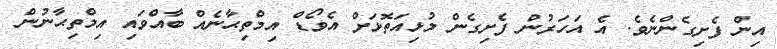
އިން ފެށިގެންނެވެ. އެ އަހަރުން ފެށިގެން މުޅިއަތޮޅަށް އެވޯޑް އިމްތިޙާނެއް ބާއްވައި އިމްތިޙާނުން